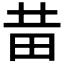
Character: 𤰻